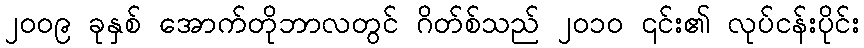
၂၀၀၉ ခုနှစ် အောက်တိုဘာလတွင် ဂိတ်စ်သည် ၂၀၁၀ ၎င်း၏ လုပ်ငန်းပိုင်း